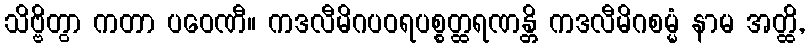
သိဗ္ဗိတွာ ကတာ ပဝေဏီ။ ကဒလီမိဂပဝရပစ္စတ္ထရဏန္တိ ကဒလီမိဂစမ္မံ နာမ အတ္ထိ,